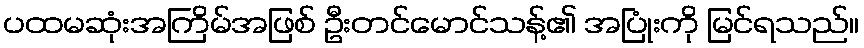
ပထမဆုံးအကြိမ်အဖြစ် ဦးတင်မောင်သန့်၏ အပြုံးကို မြင်ရသည်။